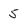
Character: 5